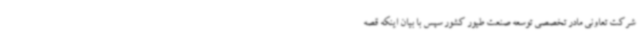
شرکت تعاونی مادر تخصصی توسعه صنعت طیور کشور سپس با بیان اینکه قصه